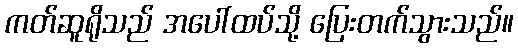
ကတ်ဆူရိုသည် အပေါ်ထပ်သို့ ပြေးတက်သွားသည်။